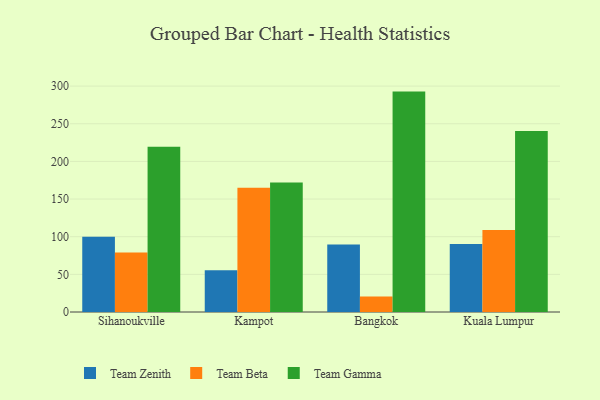
{"axis": {"x": "City", "y": "LTV (USD)"}, "legend": ["Team Beta", "Team Gamma", "Team Zenith"], "data": [{"x": "Sihanoukville", "y": 99.8, "type": "Team Zenith"}, {"x": "Sihanoukville", "y": 79.1, "type": "Team Beta"}, {"x": "Sihanoukville", "y": 219.6, "type": "Team Gamma"}, {"x": "Kampot", "y": 55.6, "type": "Team Zenith"}, {"x": "Kampot", "y": 165.0, "type": "Team Beta"}, {"x": "Kampot", "y": 172.0, "type": "Team Gamma"}, {"x": "Bangkok", "y": 89.5, "type": "Team Zenith"}, {"x": "Bangkok", "y": 20.6, "type": "Team Beta"}, {"x": "Bangkok", "y": 292.7, "type": "Team Gamma"}, {"x": "Kuala Lumpur", "y": 90.4, "type": "Team Zenith"}, {"x": "Kuala Lumpur", "y": 108.8, "type": "Team Beta"}, {"x": "Kuala Lumpur", "y": 240.4, "type": "Team Gamma"}]}